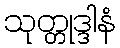
သုတ္တုဒ္ဒါနံ